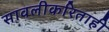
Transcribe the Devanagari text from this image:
सावलीकरिताही